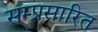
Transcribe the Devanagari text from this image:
सम्प्रसारित